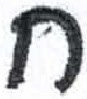
אות: ח